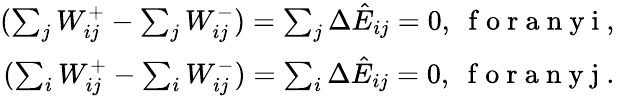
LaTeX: \begin{array}{r}{(\sum_{j}W_{ij}^{+}-\sum_{j}W_{ij}^{-})=\sum_{j}\Delta\hat{E}_{ij}=0,\ \mathrm{~f~o~r~a~n~y~i~,~}}\\ {(\sum_{i}W_{ij}^{+}-\sum_{i}W_{ij}^{-})=\sum_{i}\Delta\hat{E}_{ij}=0,\ \mathrm{~f~o~r~a~n~y~j~.~}}\end{array}